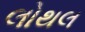
લોથલ